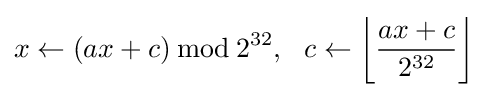
x\leftarrow (ax+c)\,{\bmod {\,}}2^{32},\ \ c\leftarrow \left\lfloor {\frac {ax+c}{2^{32}}}\right\rfloor